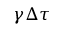
\gamma \Delta \tau